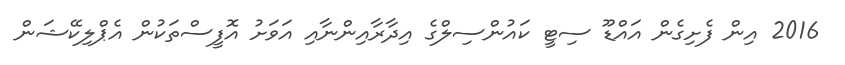
2016 އިން ފެށިގެން އައްޑޫ ސިޓީ ކައުންސިލްގެ އިދާރާއިންނާއި އަވަށު އޮފީސްތަކުން އެޕްލިކޭޝަން